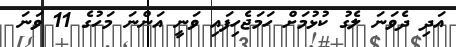
އަދި ދެވަނަ ލެގު ކުޅުމަށް ހަމަޖެހިފައި ވަނީ އަންނަ މަހުގެ 11 ވަނަ